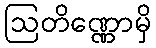
ဩတိဏ္ဏောမှိ